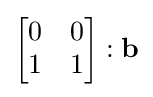
{\begin{bmatrix}0&0\\1&1\end{bmatrix}}:\mathbf {b}